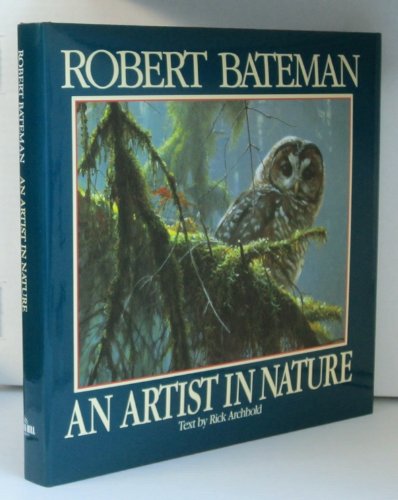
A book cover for Robert Bateman: An Artist in Nature; Rick Archbold; Crafts, Hobbies & Home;